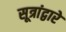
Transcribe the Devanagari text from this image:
सूत्रांद्वारे